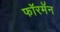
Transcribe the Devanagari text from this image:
फॉरमॅन